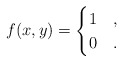
\begin{align*}f(x,y)=\begin{cases}1 & ,\\0 & .\end{cases}\end{align*}